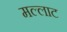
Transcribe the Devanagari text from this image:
मल्लाट